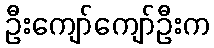
ဦးကျော်ကျော်ဦးက